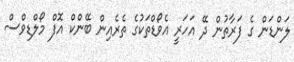
ލަންޑަން ގެ ފަރާތުން ދޭ އަހަރީ އެވޯޑްތަކުގެ ތެރެއިން ބޭންކް އޮފް މޯލްޑިވްސް